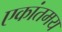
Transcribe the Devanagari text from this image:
एकांतमय